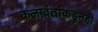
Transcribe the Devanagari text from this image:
कलावंतांकडूनही